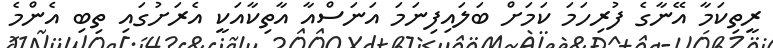
ރީތިކަމާ އޭނާގެ ފުރިހަމަ ކަމަށް ބަލައިފިނަމަ އަނަސްއާ އާތިކާއަކީ އެރަށުގައި ތިބި އެންމެ